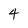
Character: 4